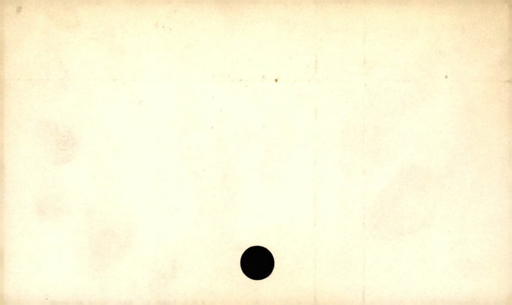
Label: blank